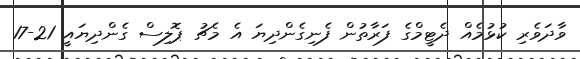
ވާދަވެރި ކުޅުމެއް ދެޓީމްގެ ފަރާތުން ފެނިގެންދިޔަ އެ މެޗު ޕޮލިސް ގެންދިޔައީ 21-17